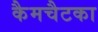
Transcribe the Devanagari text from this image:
कैमचैटका